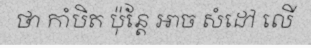
ថា កាំបិត ប៉ុន្តែ អាច សំដៅ លើ